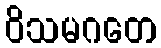
ဝိသမဂတေ